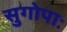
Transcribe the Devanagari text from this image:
सुगोपाः